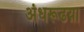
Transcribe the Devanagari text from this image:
अंधरूढय़ा